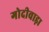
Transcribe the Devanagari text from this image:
गोदीवाड़ा